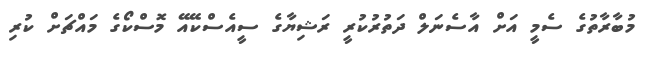
މުބާރާތުގެ ސެމީ އަށް އާސެނަލް ދަތުރުކުރީ ރަޝިޔާގެ ސީއެސްކޭއޭ މޮސްކޯގެ މައްޗަށް ކުރި